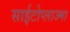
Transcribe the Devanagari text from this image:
साईटोप्लाज्मा